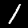
Label: 1